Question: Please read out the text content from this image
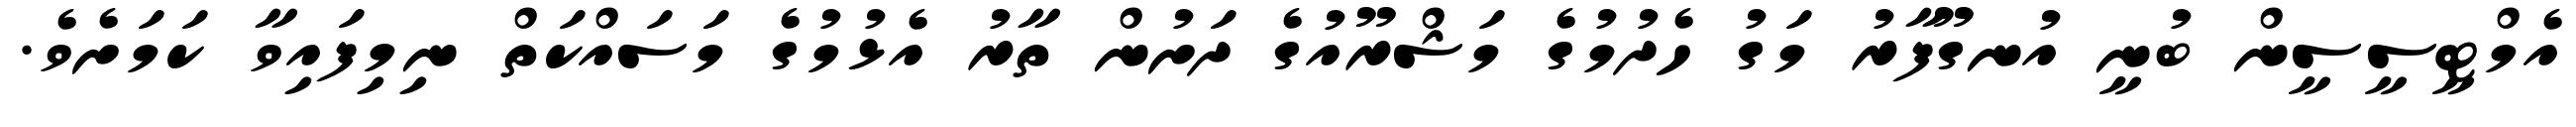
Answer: އެމްޓީސީސީން ބުނީ އުނގޫފާރު މަގު ހެދުމުގެ މަޝްރޫއުގެ ދަށުން ތާރު އެޅުމުގެ މަސައްކަތް ނިމިފައިވާ ކަމަށެވެ.